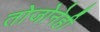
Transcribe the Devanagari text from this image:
तोजोनेही